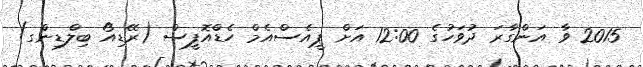
2015 ވާ އަންގާރަ ދުވަހުގެ 12:00 އަށް ޕީއެސްއެމް ހެޑްއޮފީސް (ރޭޑިއޯ ބިލްޑިންގ)